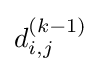
d_{i,j}^{(k-1)}